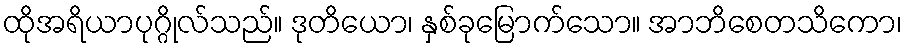
ထိုအရိယာပုဂ္ဂိုလ်သည်။ ဒုတိယော၊ နှစ်ခုမြောက်သော။ အာဘိစေတသိကော၊